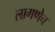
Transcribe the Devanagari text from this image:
लागणेच